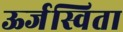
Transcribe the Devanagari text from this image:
ऊर्जस्विता